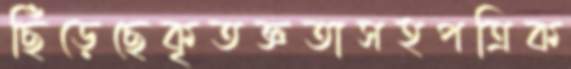
ছিঁড়েছেকৃতজ্ঞতাসহপত্রিক